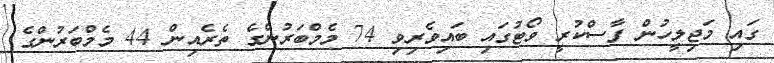
ގައި މަޖިލީހުން ފާސްކުރީ ވޯޓުގައި ބައިވެރިވި 74 މެމްބަރުންގެ ތެރެއިން 44 މެމްބަރުންގެ